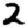
Digit: 2